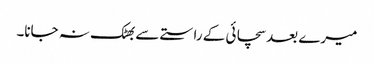
میرے بعد سچائی کے راستے سے بھٹک نہ جانا۔